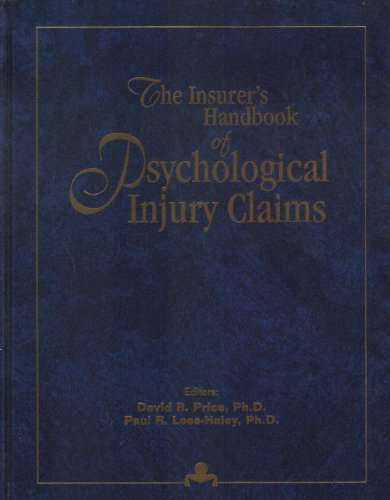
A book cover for The Insurer's Handbook of Psychological Injury Claims; Business & Money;